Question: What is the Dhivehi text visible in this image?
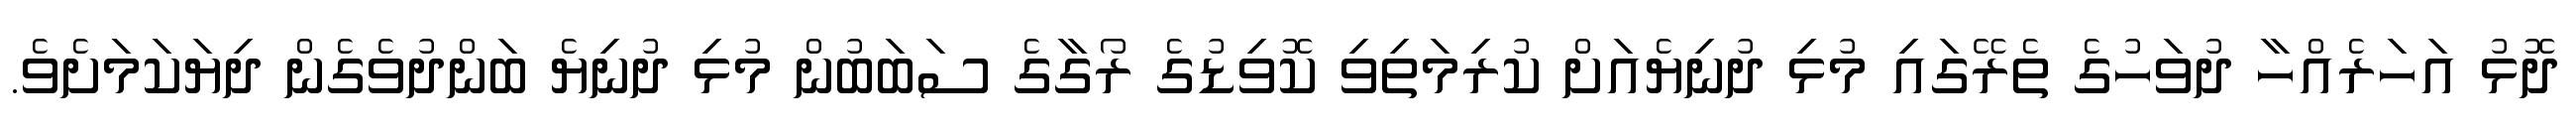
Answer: ދޮޅު އަހަރެއްހާ ދުވަހުގެ ތެރޭގައި މުޅި ދުނިޔެއަށް ކުރިމަތިވި ކޮވިޑުގެ ރޯގާގެ ސަބަބުން މުޅި ދުނިޔެ ބަންދުވެގެން ދިޔަކަމަށެވެ.